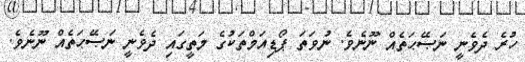
ހުރެ ދެވެނީ ނަޞޭޙަތެއް ނޫނެވެ. ނުވަތަ ޕޯޑިއަމްތަކުގެ މަތީގައި ދެވެނީ ނަޞޭޙަތެއް ނޫނެވެ.